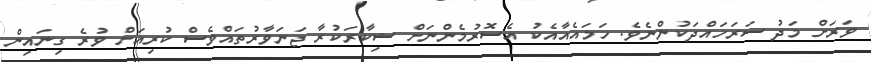
ވަރަށް މަދު ސަރަހައްދަކުންނެވެ. ހަމައެއާއެކު އެސޮރުމެންނަށް ޝިކާރަކުރާ ޖަނަވާރުތައްވެސް ކުރިއަށް ވުރެ ގިނައިން